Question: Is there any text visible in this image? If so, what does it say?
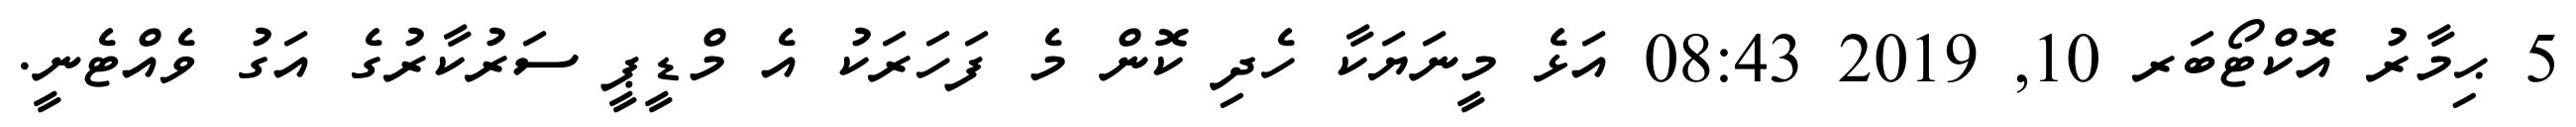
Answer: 5 ޙިމާރު އޮކްޓޯބަރ 10, 2019 08:43 އަޅެ މީނަޔަކާ ހެދި ކޮން މެ ފަހަރަކު އެ މްޑީޕީ ސަރުކާރުގެ އަގު ވެއްޓެނީ.